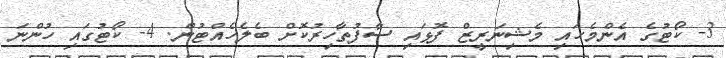
3- ކޯޓުގެ އެންމެހައި މެޝިނަރީޒް ފޮޅައި ސާފުތާހިރުކޮށް ބެލެހެއްޓުން. 4- ކޯޓުގައި ހުންނަ